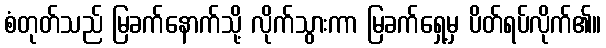
စံတုတ်သည် မြခက်နောက်သို့ လိုက်သွားကာ မြခက်ရှေ့မှ ပိတ်ရပ်လိုက်၏။